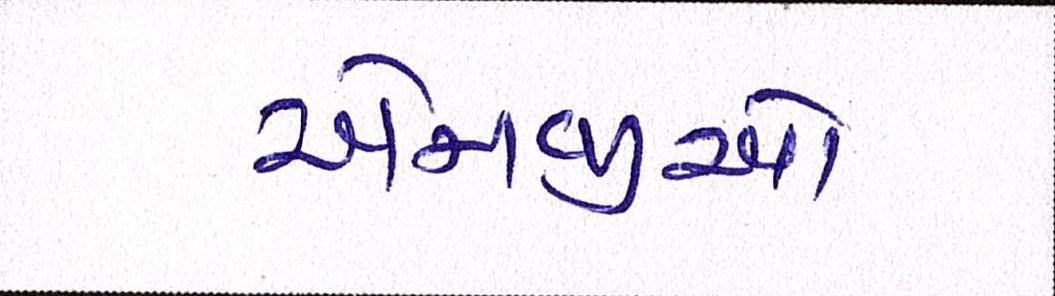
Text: એનજીઓ